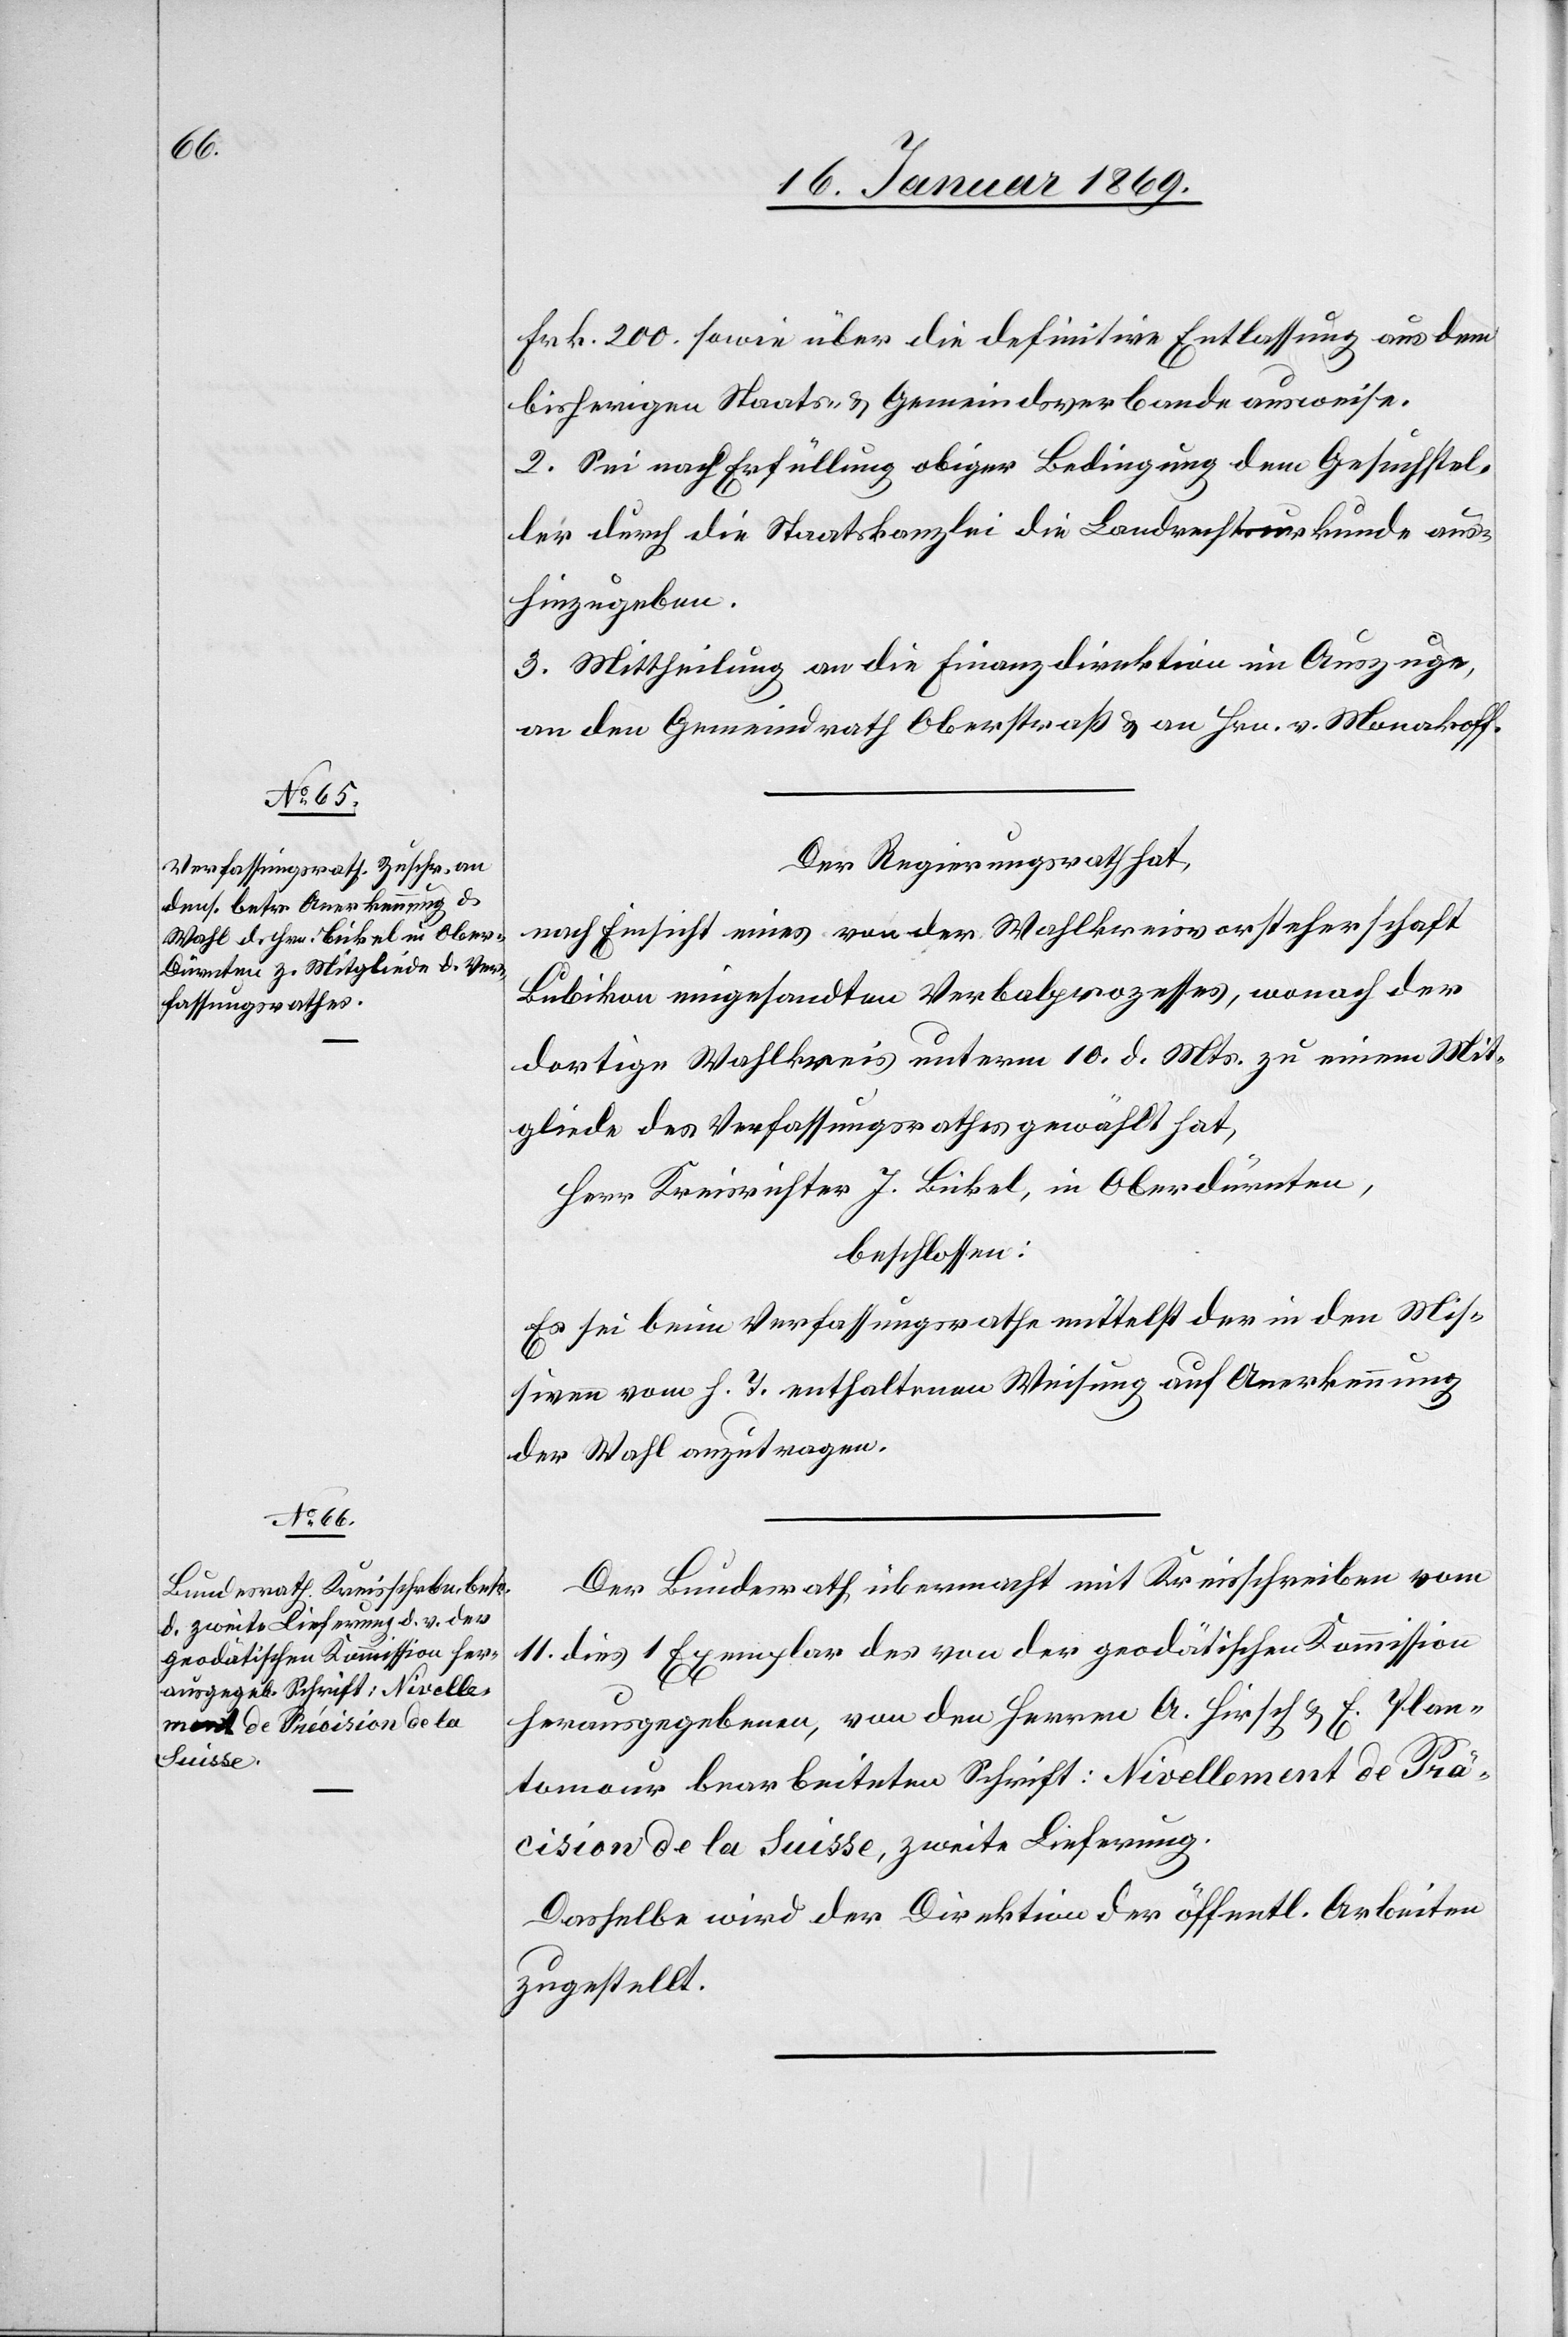
Frk. 200. sowie über die definitive Entlassung aus dem
bisherigen Staats- u. Gemeindsverbande ausweise.
2. Sei nach Erfüllung obiger Bedingung dem Gesuchstel¬
ler durch die Staatskanzlei die Landrechtsurkunde aus¬
hinzugeben.
3. Mittheilung an die Finanzdirektion im Auszuge,
an den Gemeindrath Oberstraß u. an Hrn. v. Monakoff.
Der Regierungsrath hat,
nach Einsicht eines von der Wahlkreisvorsteherschaft
Bubikon eingesandten Verbalprozesses, wonach der
dortige Wahlkreis unterm 10. d. Mts. zu einem Mit¬
gliede des Verfassungsrathes gewählt hat,
Herr Kreisrichter J. Bickel, in Oberdürnten,
beschlossen:
Es sei beim Verfassungsrathe mittelst der in den Mis¬
siven vom h. T. enthaltenen Weisung auf Anerkennung
der Wahl anzutragen.
Der Bundesrath übermacht mit Kreisschreiben vom
11. dies 1 Exemplar des von der geodätischen Kommission
herausgegebenen, von den Herrn A. Hirsch u. E. Plan¬
tomaur bearbeiteten Schrift: Nivellement de Präcision
[sic!] de la Suisse, zweite Lieferung.
Dasselbe wird der Direktion der öffentl. Arbeiten
zugestellt.